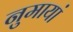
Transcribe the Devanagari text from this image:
नुमायां